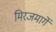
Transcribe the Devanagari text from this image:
मिरजमार्गे